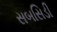
સબસિડી